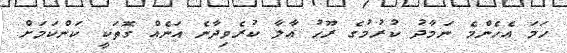
ހަމަ އެހެންމެ ނަމާދު ކުރުމުގެ ރޫޙު އާލާ ކުރެވިދާނެ އަނެއް ގޮަތަކީ ކަންކަމަށް